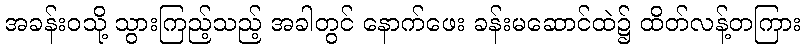
အခန်းဝသို့ သွားကြည့်သည့် အခါတွင် နောက်ဖေး ခန်းမဆောင်ထဲ၌ ထိတ်လန့်တကြား